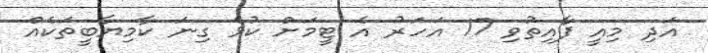
އަދި މިއީ ފާއިތުވި 17 އަހަރު އެ ޓީމަށް ކުޅެ ގިނަ ކާމިޔާބީތަކެއް